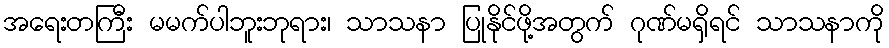
အရေးတကြီး မမက်ပါဘူးဘုရား၊ သာသနာ ပြုနိုင်ဖို့အတွက် ဂုဏ်မရှိရင် သာသနာကို